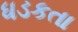
ધડકતા